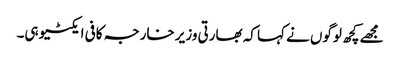
مجھے کچھ لوگوں نے کہا کہ بھارتی وزیر خارجہ کافی ایکٹیو ہی۔